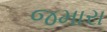
જમારા